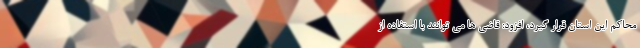
محاکم این استان قرار گیرد، افزود: قاضی ها می توانند با استفاده از